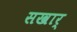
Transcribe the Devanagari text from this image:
सखार्